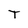
Character: T